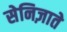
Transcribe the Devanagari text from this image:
सेनिज़ाते